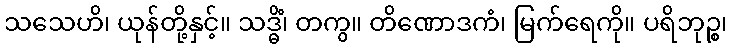
သသေဟိ၊ ယုန်တို့နှင့်။ သဒ္ဓိံ၊ တကွ။ တိဏောဒကံ၊ မြက်ရေကို။ ပရိဘုဉ္စ၊